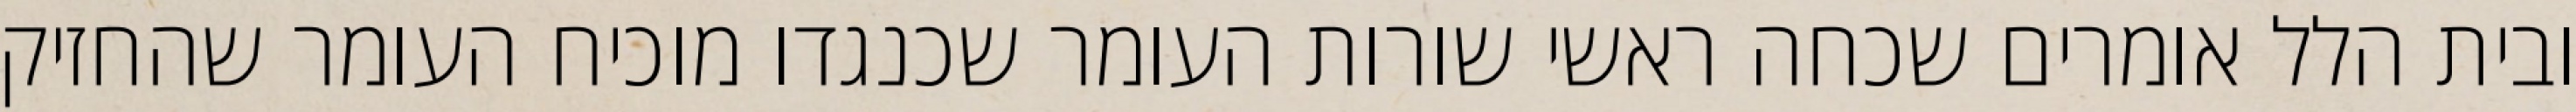
ובית הלל אומרים שכחה ראשי שורות העומר שכנגדו מוכיח העומר שהחזיק